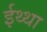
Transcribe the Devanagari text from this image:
ईथ्था